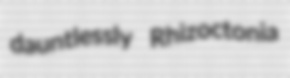
dauntlessly Rhizoctonia